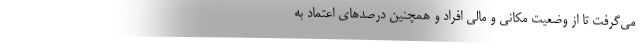
می‌گرفت تا از وضعیت مکانی و مالی افراد و همچنین درصد‌های اعتماد به